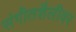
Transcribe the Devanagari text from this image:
संगीतशैलीवर